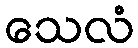
သေလံ